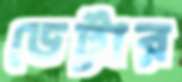
ডেট্টার